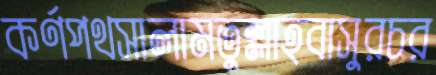
কর্ণপথসালামতুল্লাহবাসুরচর